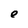
Character: e